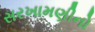
સરખામણીનો